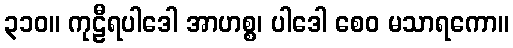
၃၁၀။ ကုဠီရပါဒေါ အာဟစ္စ၊ ပါဒေါ စေဝ မသာရကော။